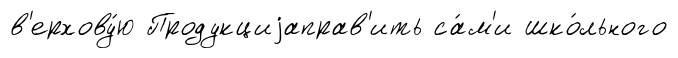
в'ерхову́ю Продукциjаправ'ить са́м'и шко́льного